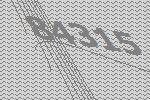
84315